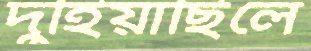
দুহিয়াছিলে